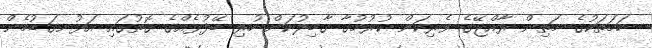
ހަމަތަކުގެ މަތިން ރާއްޖޭގެ ވެރިކަން ކުރުމުގާ ގާބިލުކަން ހުރި ބޭފުޅެއްގެ ގޮތުގައި އަޅުނގަޑުމެން